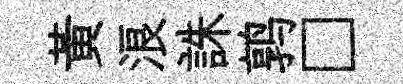
黄浪誅鹑□